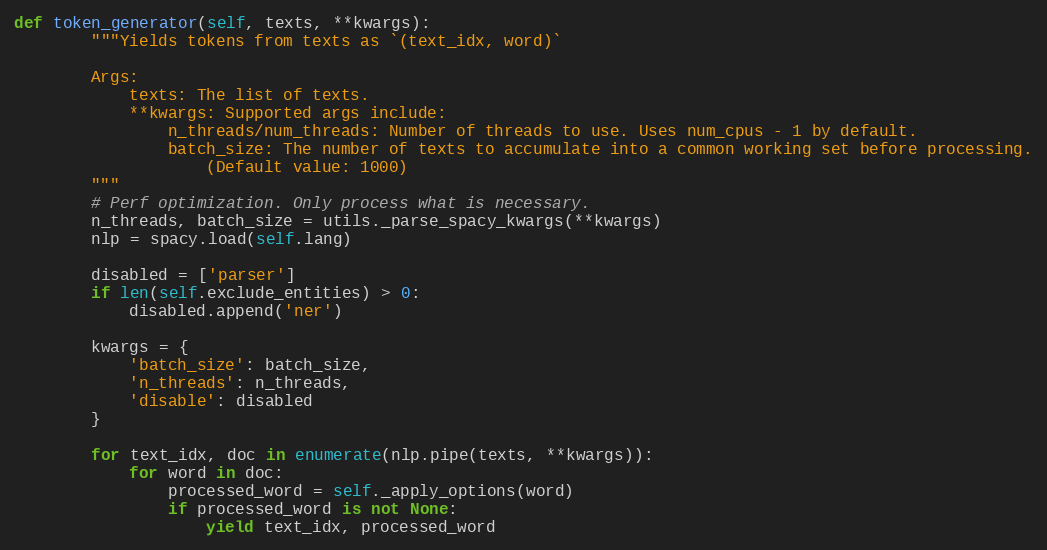
Language: Python
def token_generator(self, texts, **kwargs):
        """Yields tokens from texts as `(text_idx, word)`

        Args:
            texts: The list of texts.
            **kwargs: Supported args include:
                n_threads/num_threads: Number of threads to use. Uses num_cpus - 1 by default.
                batch_size: The number of texts to accumulate into a common working set before processing.
                    (Default value: 1000)
        """
        # Perf optimization. Only process what is necessary.
        n_threads, batch_size = utils._parse_spacy_kwargs(**kwargs)
        nlp = spacy.load(self.lang)

        disabled = ['parser']
        if len(self.exclude_entities) > 0:
            disabled.append('ner')

        kwargs = {
            'batch_size': batch_size,
            'n_threads': n_threads,
            'disable': disabled
        }

        for text_idx, doc in enumerate(nlp.pipe(texts, **kwargs)):
            for word in doc:
                processed_word = self._apply_options(word)
                if processed_word is not None:
                    yield text_idx, processed_word